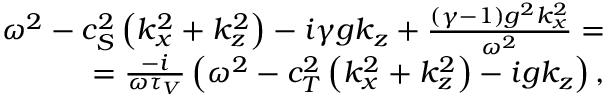
\begin{array} { r } { \omega ^ { 2 } - c _ { S } ^ { 2 } \left( k _ { x } ^ { 2 } + k _ { z } ^ { 2 } \right) - i \gamma g k _ { z } + \frac { ( \gamma - 1 ) g ^ { 2 } k _ { x } ^ { 2 } } { \omega ^ { 2 } } = } \\ { = \frac { - i } { \omega \tau _ { V } } \left( \omega ^ { 2 } - c _ { T } ^ { 2 } \left( k _ { x } ^ { 2 } + k _ { z } ^ { 2 } \right) - i g k _ { z } \right) , } \end{array}